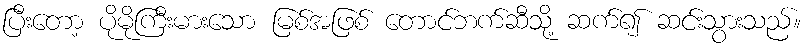
ပြီးတော့ ပိုမိုကြီးမားသော မြစ်အဖြစ် တောင်ဘက်ဆီသို့ ဆက်၍ ဆင်းသွားသည်။